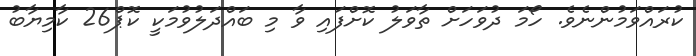
ކުރައްވަމުންނެވެ. ހޯމަ ދުވަހަށް ތާވަލު ކޮށްފައި ވާ މި ބައްދަލުވުމަކީ ކޮޕް26 ކާމިޔާބު